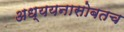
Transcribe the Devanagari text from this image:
अध्ययनासोबतच